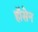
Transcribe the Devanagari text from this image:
हॉसेन